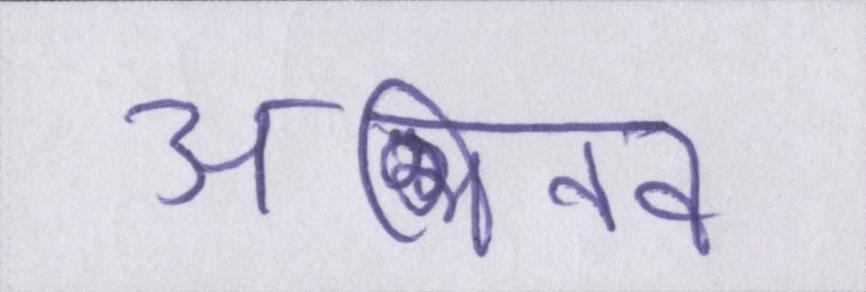
अभिनव